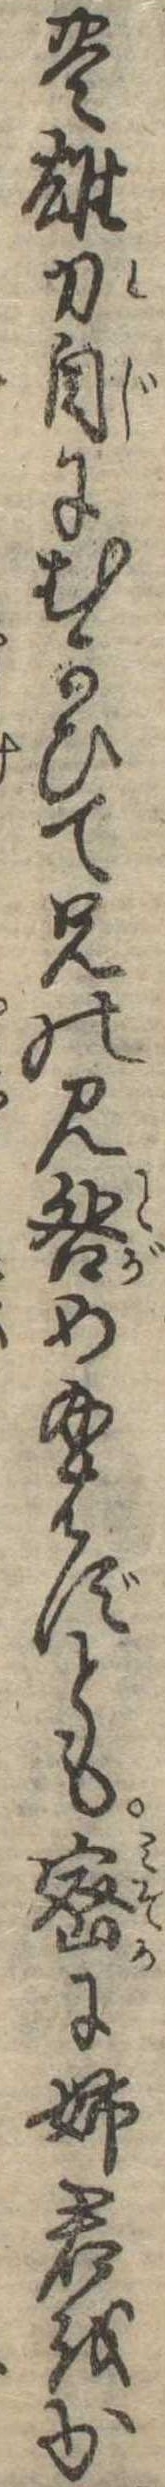
豊雄刀自にむかひて兄の見咎め給はずとも密に姉君をか